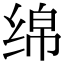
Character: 绵